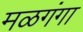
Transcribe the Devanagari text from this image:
मळगंगा